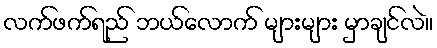
လက်ဖက်ရည် ဘယ်လောက် များများ မှာချင်လဲ။